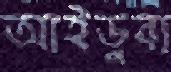
আইডুবা